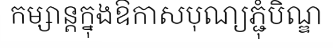
កម្សាន្តក្នុងឱកាសបុណ្យភ្ជុំបិណ្ឌ